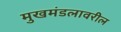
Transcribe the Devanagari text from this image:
मुखमंडलावरील